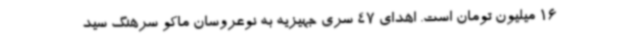
16 میلیون تومان است. اهدای 47 سری جهیزیه به نوعروسان ماکو سرهنگ سید